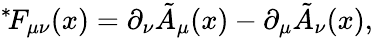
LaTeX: {}^{*}\! F_{\mu\nu}(x)=\partial_{\nu}\tilde{A}_{\mu}(x)-\partial_{\mu}\tilde{A}_{\nu}(x),